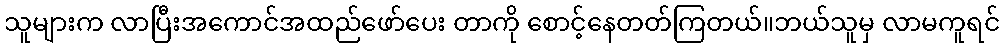
သူများက လာပြီးအကောင်အထည်ဖော်ပေး တာကို စောင့်နေတတ်ကြတယ်။ဘယ်သူမှ လာမကူရင်